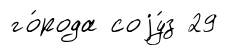
го́рода соjу́з 29